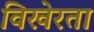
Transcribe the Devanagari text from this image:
विखेरता